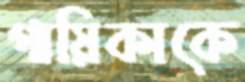
গায়িকাকে